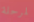
لمرحلة